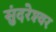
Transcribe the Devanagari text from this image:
सुंदरेश्‍वर